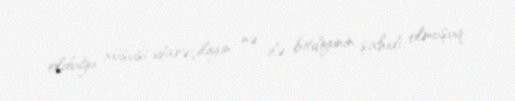
olduğu xüsusi idarəçiliyin nə ilə bitdiyinin şahidi olmuşuq.